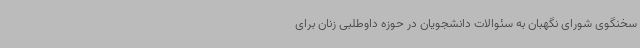
سخنگوی شورای نگهبان به سئوالات دانشجویان در حوزه داوطلبی زنان برای